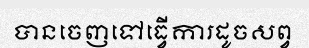
បានចេញទៅធ្វើការដូចសព្វ